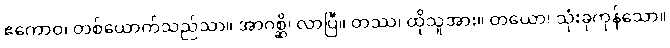
ဧကောဝ၊ တစ်ယောက်သည်သာ။ အာဂစ္ဆိ၊ လာပြီ။ တဿ၊ ထိုသူအား။ တယော၊ သုံးခုကုန်သော။